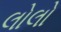
લોલો